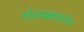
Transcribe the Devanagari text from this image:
गोलचकत्यांवर